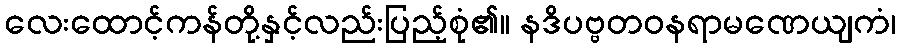
လေးထောင့်ကန်တို့နှင့်လည်းပြည့်စုံ၏။ နဒိပဗ္ဗတဝနရာမဏေယျကံ၊